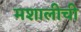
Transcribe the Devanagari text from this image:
मशालीची